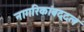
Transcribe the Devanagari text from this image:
नागरिकांबद्दल